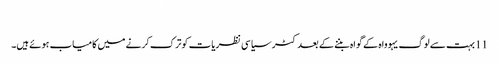
‏
11 بہت سے لوگ یہوواہ کے گواہ بننے کے بعد کٹر سیاسی نظریات کو ترک کرنے میں کامیاب ہوئے ہیں۔